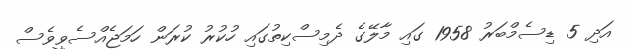
އަދި 5 ޑިސެމްބަރު 1958 ގައި މާލޭގެ ދެމިސްކިތުގައި ހުކުރު ކުރަން ހަމަޖެއްސެވީވެސް